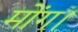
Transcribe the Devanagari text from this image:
मोंग।